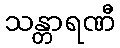
သန္တာရဏီ